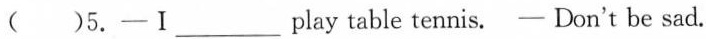
( )5. —Ⅰ___ play table tennis. —Don't be sad.